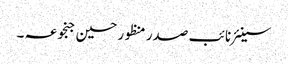
سینئر نائب صدر منظور حسین جنجوعہ ۔